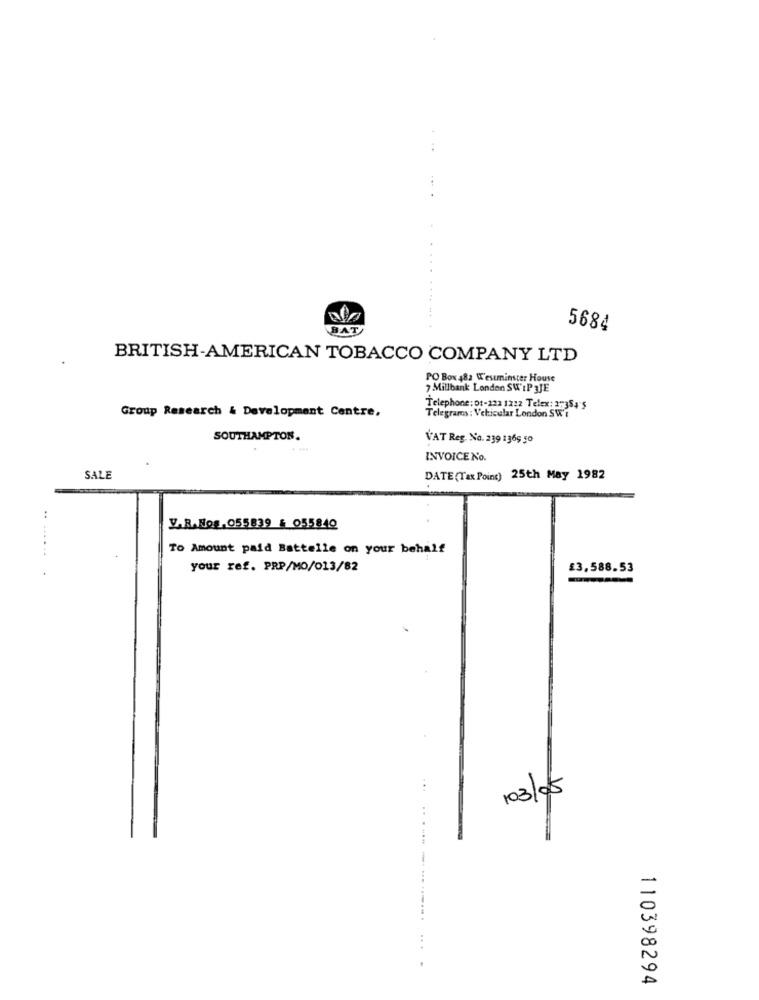
BAT
5684
BRITISH-AMERICAN TOBACCO COMPANY LTD
PO Box 482 Westminster House
7 Millbank London SW'iP 3JE
Telephone: Ot-232 1232 Telex: 277384'S
Telegrams : Vehicular London SW'?
Group Research & Development Centre,
SOUTHAMPTON.
VAT Reg. No. 239 1369 50
INVOICE No.
SALE
DATE (Tax Point) 25th May 1982
V.R.Nog.055839 : 055840
.. ......
To Amount paid Battelle on your behalf
your ref. PRP/MO/013/82
£3,588.53
/03/05
.. .
110398294